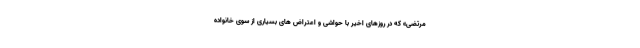
مرتضی» که در روزهای اخیر با حواشی و اعتراض های بسیاری از سوی خانواده